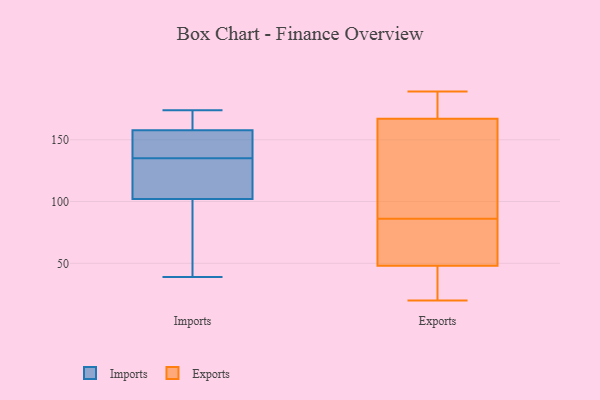
{"axis": {"x": "Page Views", "y": "Value"}, "legend": ["Exports", "Imports"], "data": [{"x": "", "y": 159, "type": "Imports"}, {"x": "", "y": 154, "type": "Imports"}, {"x": "", "y": 57, "type": "Imports"}, {"x": "", "y": 135, "type": "Imports"}, {"x": "", "y": 100, "type": "Imports"}, {"x": "", "y": 167, "type": "Imports"}, {"x": "", "y": 39, "type": "Imports"}, {"x": "", "y": 140, "type": "Imports"}, {"x": "", "y": 118, "type": "Imports"}, {"x": "", "y": 174, "type": "Imports"}, {"x": "", "y": 108, "type": "Imports"}, {"x": "", "y": 28, "type": "Exports"}, {"x": "", "y": 184, "type": "Exports"}, {"x": "", "y": 186, "type": "Exports"}, {"x": "", "y": 37, "type": "Exports"}, {"x": "", "y": 130, "type": "Exports"}, {"x": "", "y": 63, "type": "Exports"}, {"x": "", "y": 71, "type": "Exports"}, {"x": "", "y": 59, "type": "Exports"}, {"x": "", "y": 81, "type": "Exports"}, {"x": "", "y": 189, "type": "Exports"}, {"x": "", "y": 35, "type": "Exports"}, {"x": "", "y": 152, "type": "Exports"}, {"x": "", "y": 142, "type": "Exports"}, {"x": "", "y": 182, "type": "Exports"}, {"x": "", "y": 20, "type": "Exports"}, {"x": "", "y": 91, "type": "Exports"}]}